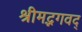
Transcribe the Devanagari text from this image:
श्रीमद्भगवद्